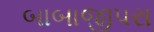
બાબાજીપરા